Source: Handwritten
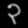
Digit: ၃ (3)